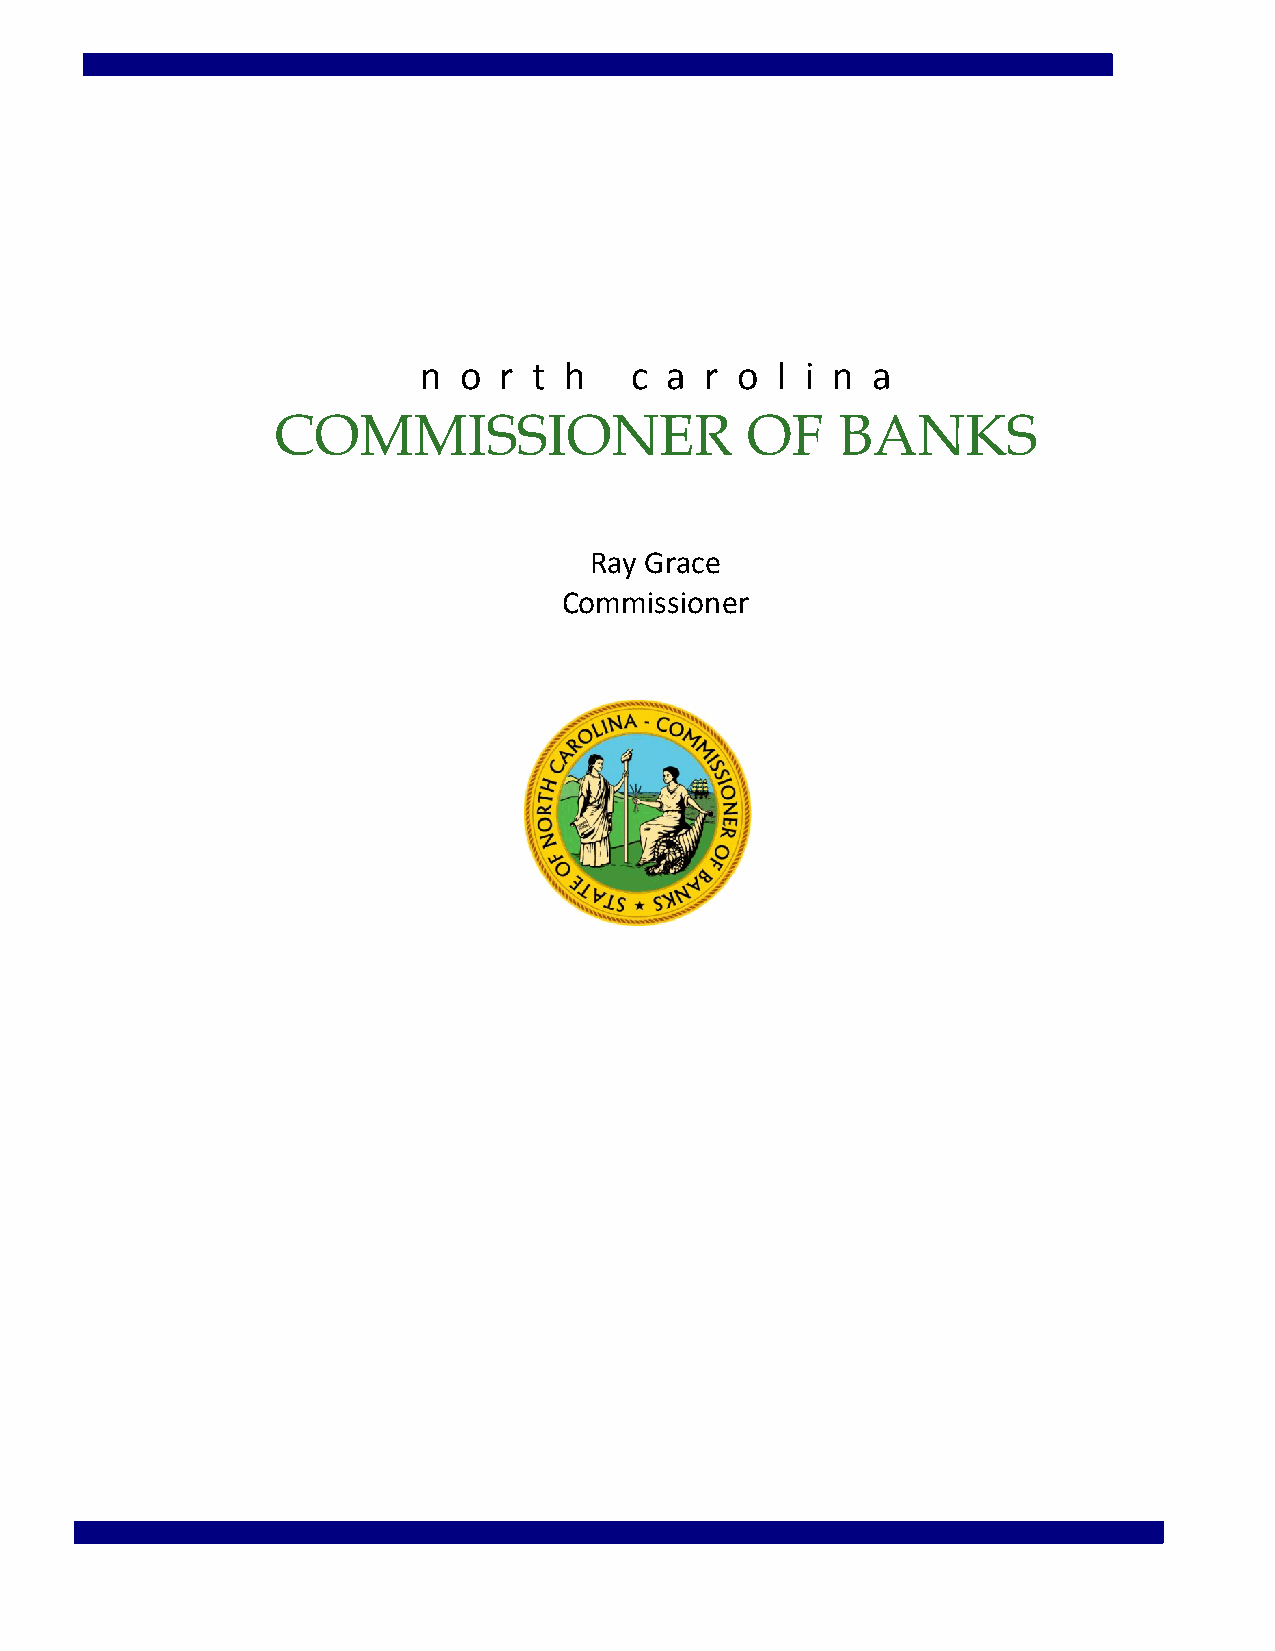
n o  r t h    c a  r o l i n  a
 COMMISSIONER                   OF    BANKS
 Ray Grace
 Commissioner